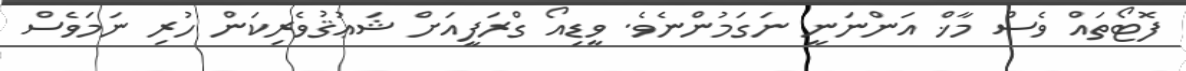
ފޮޓޯތައް ވެސް މާޚް އަންނަނީ ނަގަމުންނެވެ. ވީޑިއޯ ގްރަފީއަށް ޝަޢުޤުވެރިކަން ހުރި ނަމަވެސް